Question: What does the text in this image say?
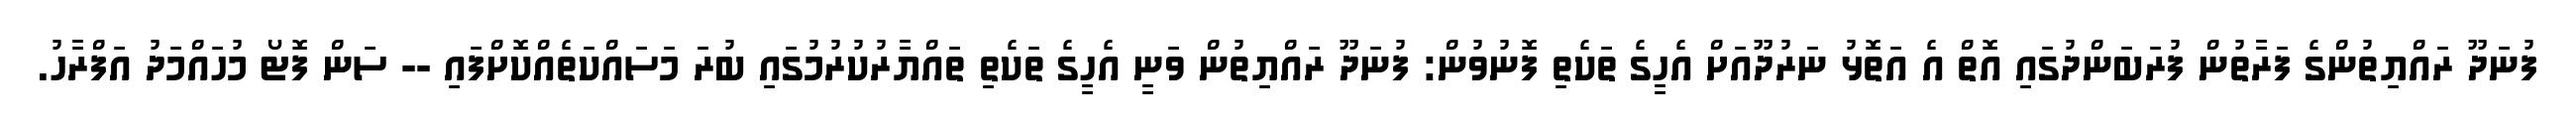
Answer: ފުނަދޫ ރައްޔިތުންގެ ފަރާތުން ފުރަބަންދުގައި އޮތް އެ އަތޮޅު ނަރުދޫއަށް އެހީގެ ތަކެތި ފޮނުވުން: ފުނަދޫ ރައްޔިތުން ވަނީ އެހީގެ ތަކެތި ތައްޔާރުކުރުމުގައި ބުރަ މަސައްކަތެއްކޮށްފައި -- ސަން ފޮޓޯ މުހައްމަދު އަފްރާހު.